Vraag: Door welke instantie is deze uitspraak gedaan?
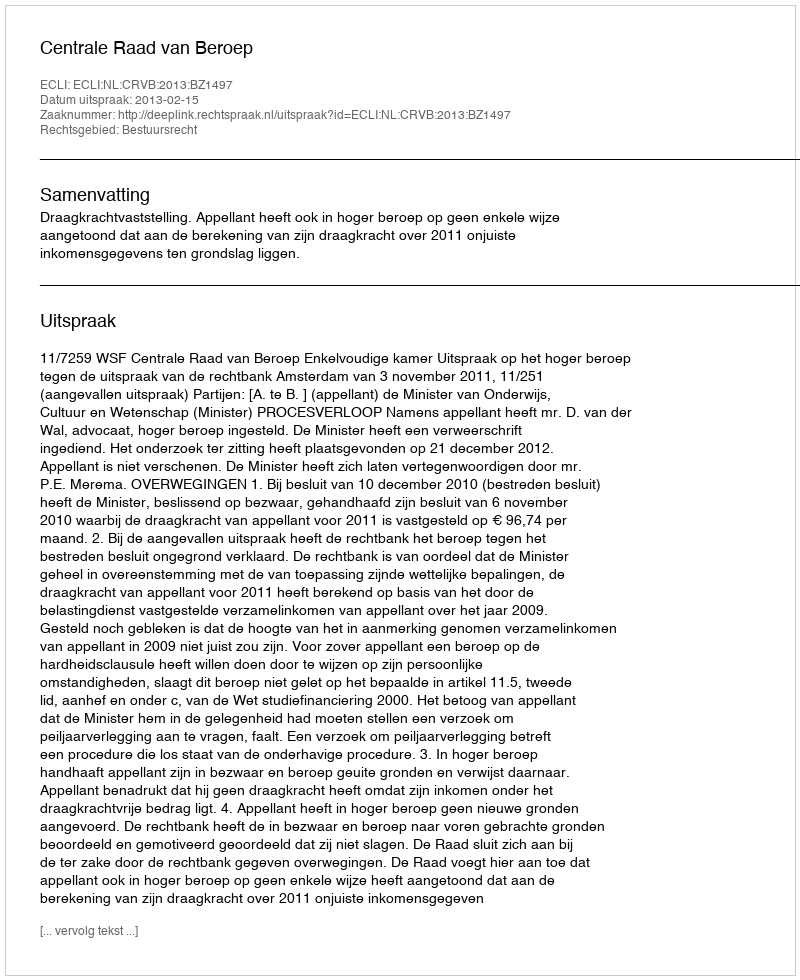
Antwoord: Centrale Raad van Beroep